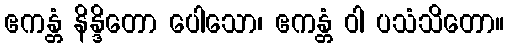
ဧကန္တံ နိန္ဒိတော ပေါသော၊ ဧကန္တံ ဝါ ပသံသိတော။